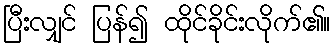
ပြီးလျှင် ပြန်၍ ထိုင်ခိုင်းလိုက်၏။